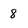
Character: 8